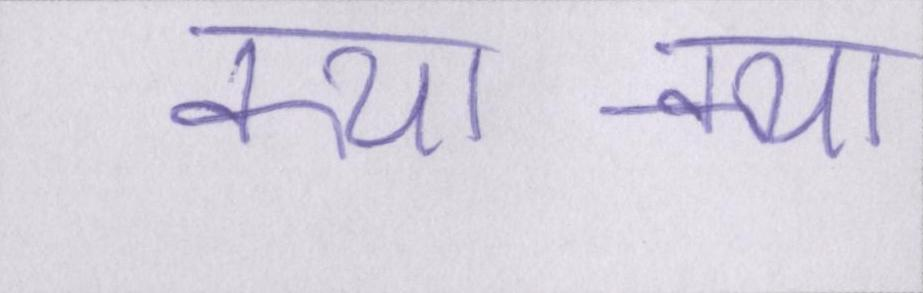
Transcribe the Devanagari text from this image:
क्या-क्या